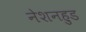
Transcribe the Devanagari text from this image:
नेशनहुड